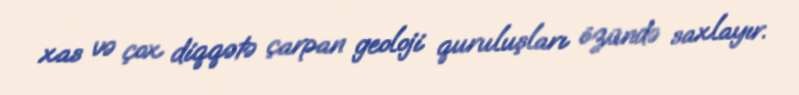
xas və çox diqqətə çarpan geoloji quruluşları özündə saxlayır.